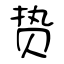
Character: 贽